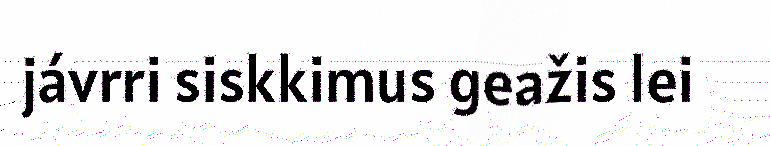
jávrri siskkimus geažis lei